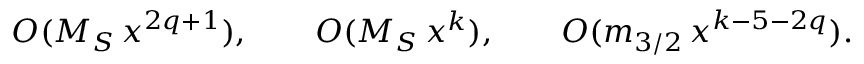
O ( M _ { S } \, x ^ { 2 q + 1 } ) , \qquad O ( M _ { S } \, x ^ { k } ) , \qquad O ( m _ { 3 / 2 } \, x ^ { k - 5 - 2 q } ) .